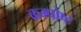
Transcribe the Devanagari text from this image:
कम्पोष्ट